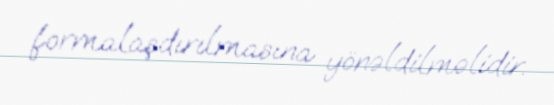
formalaşdırılmasına yönəldilməlidir.